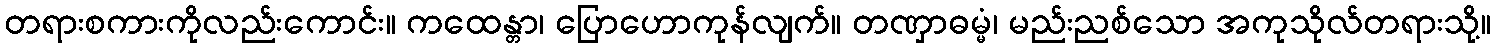
တရားစကားကိုလည်းကောင်း။ ကထေန္တာ၊ ပြောဟောကုန်လျက်။ တဏှာဓမ္မံ၊ မည်းညစ်သော အကုသိုလ်တရားသို့။